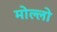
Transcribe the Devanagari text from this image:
मोल्लो